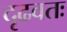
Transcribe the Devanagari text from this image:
दृढवतः